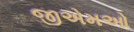
જીએમઓ